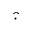
\widehat { \cdot }